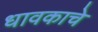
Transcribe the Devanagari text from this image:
धावकाचे